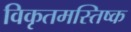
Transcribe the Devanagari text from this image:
विकृतमस्तिष्क